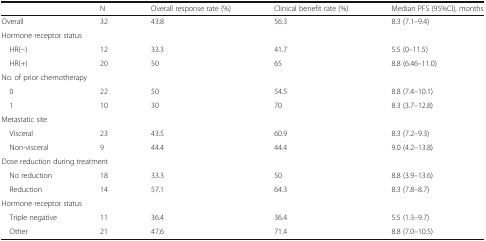
|  | N | Overall response rate (%) | Clinical benefit rate (%) | Median PFS (95%CI), months |
 | --- | --- | --- | --- | --- |
 | Overall | 32 | 43.8 | 56.3 | 8.3 (7.1–9.4) |
 | <COLSPAN=5> Hormone receptor status |
 | HR(−) | 12 | 33.3 | 41.7 | 5.5 (0–11.5) |
 | HR(+) | 20 | 50 | 65 | 8.8 (6.46–11.0) |
 | <COLSPAN=5> No. of prior chemotherapy |
 | 0 | 22 | 50 | 54.5 | 8.8 (7.4–10.1) |
 | 1 | 10 | 30 | 70 | 8.3 (3.7–12.8) |
 | <COLSPAN=5> Metastatic site |
 | Visceral | 23 | 43.5 | 60.9 | 8.3 (7.2–9.3) |
 | Non-visceral | 9 | 44.4 | 44.4 | 9.0 (4.2–13.8) |
 | <COLSPAN=5> Dose reduction during treatment |
 | No reduction | 18 | 33.3 | 50 | 8.8 (3.9–13.6) |
 | Reduction | 14 | 57.1 | 64.3 | 8.3 (7.8–8.7) |
 | <COLSPAN=5> Hormone receptor status |
 | Triple negative | 11 | 36.4 | 36.4 | 5.5 (1.3–9.7) |
 | Other | 21 | 47.6 | 71.4 | 8.8 (7.0–10.5) |